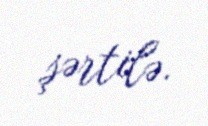
şərtilə.